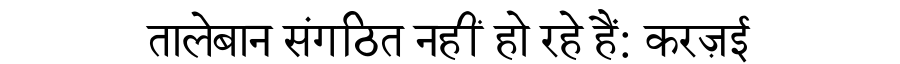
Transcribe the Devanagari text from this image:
तालेबान संगठित नहीं हो रहे हैं: करज़ई